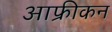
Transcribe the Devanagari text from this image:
आफ्रीकन